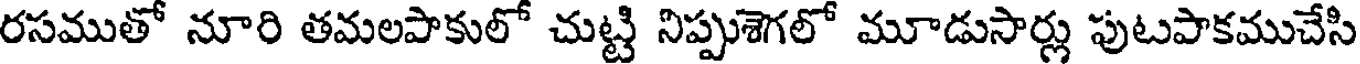
రసముతో నూరి తమలపాకులో చుట్టి నిప్పుశెగలో మూడుసార్లు పుటపాకముచేసి